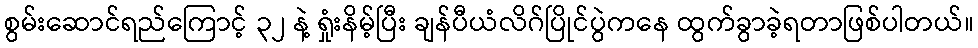
စွမ်းဆောင်ရည်ကြောင့် ၃၂ နဲ့ ရှုံးနိမ့်ပြီး ချန်ပီယံလိဂ်ပြိုင်ပွဲကနေ ထွက်ခွာခဲ့ရတာဖြစ်ပါတယ်။